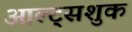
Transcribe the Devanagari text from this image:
आल्ट्सशुक